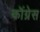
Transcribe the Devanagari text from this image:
कॊंग्रेस